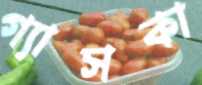
গ্যাসকা